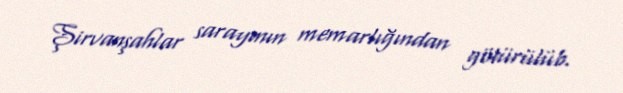
Şirvanşahlar sarayının memarlığından götürülüb.